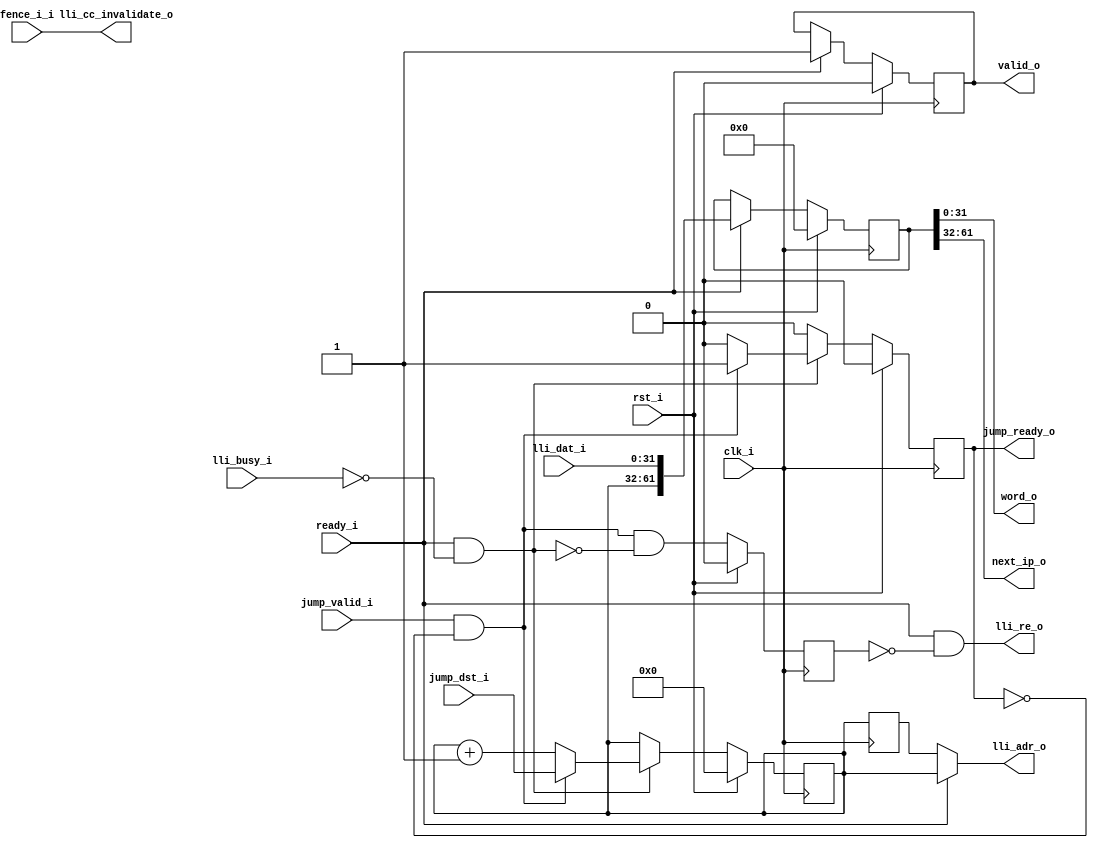
`timescale 1ns/1ps

module fetch_rv #
	( parameter[29:0] START_ADDR  = 30'b0
	, parameter USE_RISCV  = 1
	)
	( clk_i
	, rst_i
	, lli_re_o
	, lli_adr_o
	, lli_dat_i
	, lli_busy_i
	, lli_cc_invalidate_o
	, word_o
	, next_ip_o
	, valid_o
	, ready_i
	, fence_i_i
	, jump_valid_i
	, jump_dst_i
	, jump_ready_o
	);
	
	input clk_i; 
	input rst_i; 
	output lli_re_o; 
	output[29:0] lli_adr_o; 
	input[31:0] lli_dat_i; 
	input lli_busy_i; 
	output lli_cc_invalidate_o; 
	output[31:0] word_o; 
	output[29:0] next_ip_o; 
	output reg valid_o; 
	input ready_i; 
	input fence_i_i; 
	input jump_valid_i; 
	input[29:0] jump_dst_i; 
	output jump_ready_o; 
	
	reg[29:0] fetch_addr; 
	reg[29:0] last_addr; 
	wire next_word; 
	reg suppress_re; 
	wire re; 
	reg requested; 
	wire fifo_rst; 
	wire fifo_we; 
	wire[61:0] fifo_din; 
	reg[61:0] fifo_dout; 
	reg jr; 
	
	initial
		begin
			
			fetch_addr <= START_ADDR;
			suppress_re <= 1'b0;
			requested <= 1'b0;
			jr <= 1'b0;
		end
	
	
	always @(posedge clk_i)
		last_addr = fetch_addr; 
	
	
	always @(posedge clk_i)
		begin
			if (rst_i)
				begin
					fetch_addr <= START_ADDR ; 
					requested <= 1'b0 ; 
					jr <= 1'b0 ; 
					suppress_re <= 1'b0 ; 
				end
			else
				begin
					jr <= 1'b0 ; 
					suppress_re <= jump_valid_i & ~jr & ~next_word ; 
					if (lli_busy_i == 1'b0)
						begin
							requested <= re & ~(jump_valid_i & ~jr) ; 
						end 
					if (next_word == 1'b1)
						begin
							if (jump_valid_i == 1'b1 & jr == 1'b0)
								begin
									fetch_addr <= jump_dst_i ; 
									jr <= 1'b1 ; 
								end
							else
								begin
									fetch_addr <= fetch_addr + 1'b1 ; 
								end 
						end 
				end  
		end 
	assign next_word = (ready_i) & ~lli_busy_i ;
	assign re = (ready_i) & ~suppress_re ;
	assign lli_re_o = re ;
	assign lli_adr_o = (ready_i)?fetch_addr: last_addr;
	assign jump_ready_o = jr ;
	assign lli_cc_invalidate_o = fence_i_i ;
	
	assign fifo_rst = rst_i | (jump_valid_i & ~jr) ;
	assign fifo_we = requested & ~lli_busy_i ;
	assign fifo_din = (ready_i)? {fetch_addr, lli_dat_i} : {last_addr, lli_dat_i} ;
	
	
	always @(posedge clk_i)
		begin
			if (rst_i)
				begin
					valid_o <= 1'b0 ; 
					fifo_dout <= {621'b0} ; 
				end
			else
				begin
					if (ready_i) begin
							valid_o <= 1'b1 ; 
							fifo_dout <= fifo_din ;
					end
				//else valid_o <= 1'b0 ; 
					
				end  
		end 
	assign next_ip_o = fifo_dout[61:32] ;
	assign word_o = fifo_dout[31:0]  ;
	
endmodule